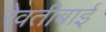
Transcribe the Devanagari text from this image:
रेवतीबाई